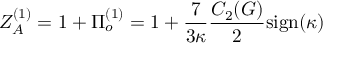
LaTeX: Z _ { A } ^ { ( 1 ) } = 1 + \Pi _ { o } ^ { ( 1 ) } = 1 + \frac { 7 } { 3 \kappa } \frac { C _ { 2 } ( G ) } { 2 } \mathrm { s i g n } ( \kappa )